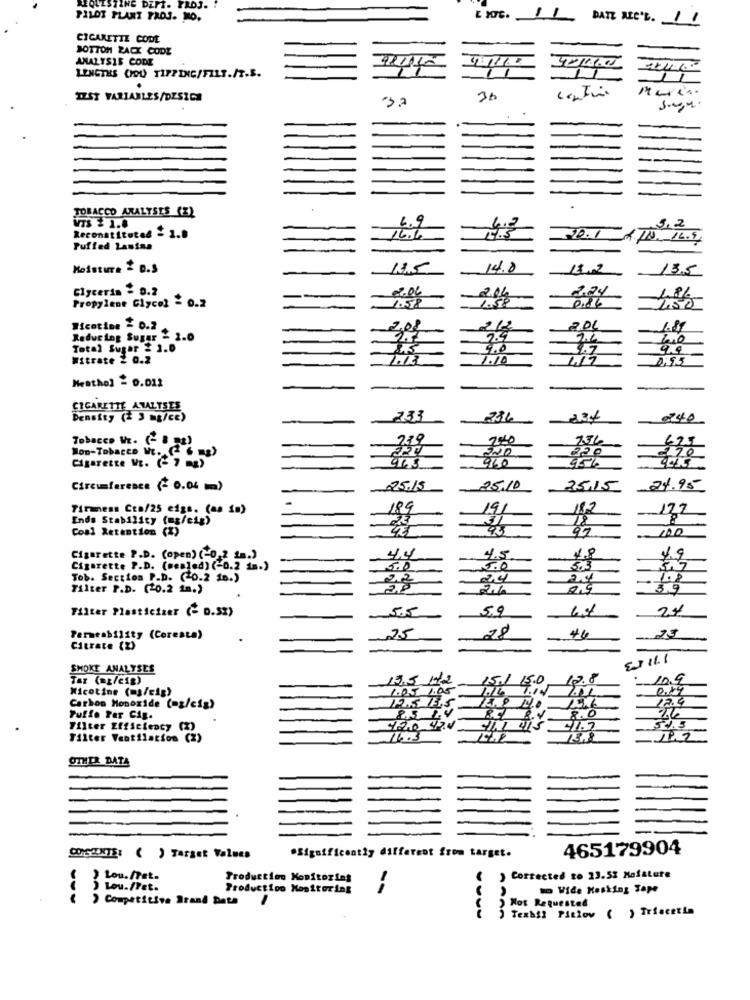
ING DEPT. PROJ.
PILOT PLANT PROJ. MO.
CIGARETTE COOL
BOTTOM ZACX CODE
ANALYSIS CODE
LENGTHS (OU TIPPING/FILS./T.S.
1
.
IZST VARIABLES/DESIGN
30
TOBACCO ANALYSES (Z)
VTS # 1.8
6.9
Reconstituted = 1.9
12.1
16.6
Puffed Lastas
Moisture & D.S
14.8
18.2
13.5
Glycerin = 9.2
Propylene Glycol - 0.2
0.86
1.86
Nicotine = 0.2
1.87
Reducing Sugar - 2.0
Total Sugar $ 1.0
8.5
9.0
2.7
Witrate 2 0.2
1.10
0:55
Menthol = 0.012
CIGARETTE ANALYSES
Density (# 3 mg/ce)
-
233
736
Tobacco WE. ( B 2)
279
7.36
Non-Tobacco Mr. ( 6 )
70
Cigarette WE. (- 7 mg)
963
960
95%
Circumference (- 0.04 m)
25.10
25.15
24.95
Tirmens Cta/25 eigs. (aa {m)
24
191
18.2
177
Ends Stability (mg/cig)
31
Coal Retention (%)
97
Cigarette P.D. (open) (-0,2 1m.)
4.4
4.5
49
Cigarette P.D. (mesled) (-0.2 1.)
5.0
Tob. Section P.D. ( 0.2 1.)
24
24
Filter P.D. (20.2 in.)
0,9
3.9
Filter Plasticizer (- D.SZ)
-55
59
28
46
Permeability (Coresta)
-25
Citrate (2)
SMOKE ANALYSES
Tar (nt/cig)
19.5 172
10.9
Nicotine (mg/cig)
1.0.5 1.05
0.84
12.4
Carbon Monoxide (ez/cig)
12.5 15.5
Tuffo Per Cig.
85 24
8.0
Filter Efficiency
(2)
420 47.0
54.5
Filter Ventilation (2
OTHER DATA
.Significantly different from target.
465179904
CONSENTE: ( ) Target Values
Lou.fet.
Production Monitoring
Corrected to 23.52 Mofature
) Lou.fret.
Production Monitoring
--
to Wide Masking Tape
) Competitive Brand Data
Not Requested
Texhil Pitlov ( ) Triacetta